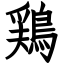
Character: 鶏